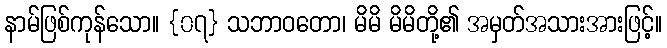
နာမ်ဖြစ်ကုန်သော။ {၀၇} သဘာဝတော၊ မိမိ မိမိတို့၏ အမှတ်အသားအားဖြင့်။